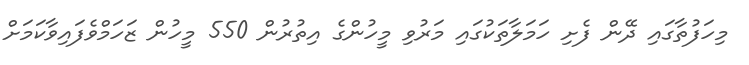
މިހަފުތާގައި ދޭން ފެށި ހަމަލާތަކުގައި މަރުވި މީހުންގެ އިތުރުން 550 މީހުން ޒަހަމްވެފައިވާކަމަށް